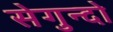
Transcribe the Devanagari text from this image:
सेगुन्दो